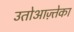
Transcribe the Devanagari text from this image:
उतोआज़्तेका